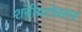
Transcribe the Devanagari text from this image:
शनीबरोबरच